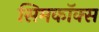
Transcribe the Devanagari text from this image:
सिमकॉक्स